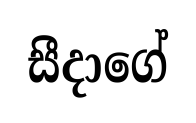
සීදාගේ